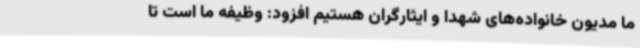
ما مدیون خانواده‌های شهدا و ایثارگران هستیم افزود: وظیفه ما است تا